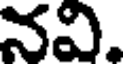
నవి.